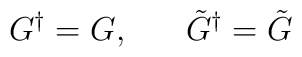
G^{\dagger} = G, \;\;\;\;\;\; \tilde{G}^{\dagger} = \tilde{G}